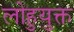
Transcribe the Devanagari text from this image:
लोहुयुक्त